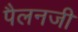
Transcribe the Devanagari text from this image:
पैलनजी